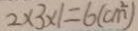
2 \times 3 \times 1 = 6 ( c m ^ { 2 } )